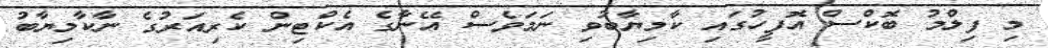
މި ފިލްމު ބޮކްސް އޮފީހުގައި ކާމިޔާބުވި ނަމަވެސް އޭނާގެ އެކްޓިން ކެރިއަރުގެ ނާކާމިޔާބު